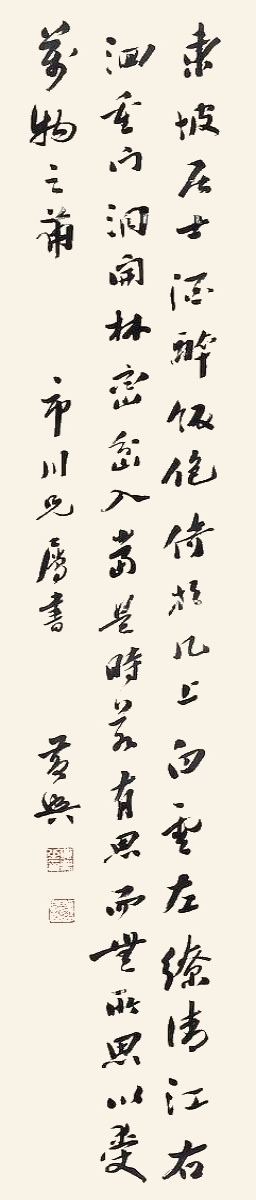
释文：东坡居士酒醉饭饱，倚于几上。白云左缭，清江右洄，重门洞开，林峦岔入。当是时，若有思而无所思，以受万物之备。市川兄属书，黄兴。